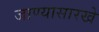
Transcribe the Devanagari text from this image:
जाण्यासारखे